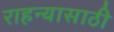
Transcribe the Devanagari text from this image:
राहन्यासाठी